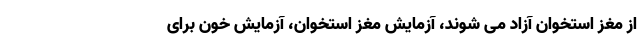
از مغز استخوان آزاد می ‌شوند، آزمایش مغز استخوان، آزمایش خون برای